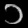
Digit: ၁